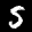
Label: 5